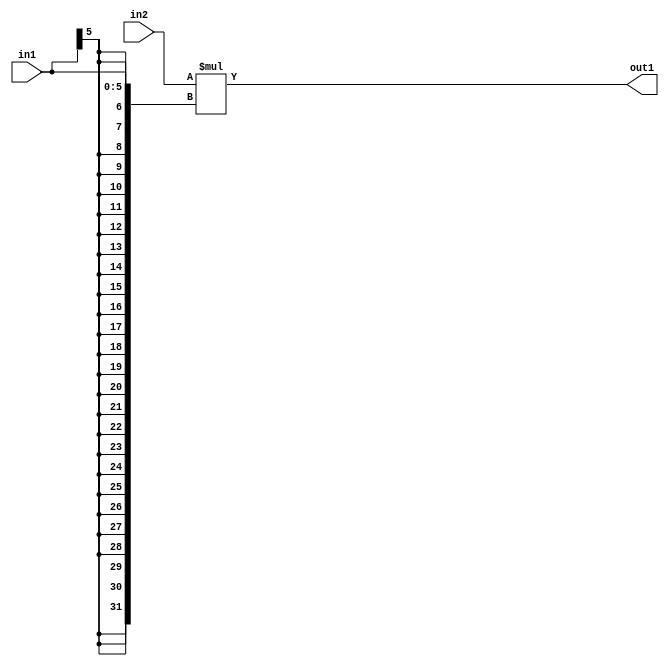
`timescale 1ps / 1ps
/*****************************************************************************
    Verilog RTL Description
    
    
    Created by: Stratus DpOpt 21.05.01 
*******************************************************************************/

module SobelFilter_Mul_32Sx6S_32S_1 (
	in2,
	in1,
	out1
	); /* architecture "behavioural" */ 
input [31:0] in2;
input [5:0] in1;
output [31:0] out1;
wire [31:0] asc001;

assign asc001 = 
	+(in2 * {{26{in1[5]}}, in1});

assign out1 = asc001;
endmodule

/* CADENCE  ubPySgo= : u9/ySxbfrwZIxEzHVQQV8Q== ** DO NOT EDIT THIS LINE ******/